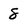
Character: 8